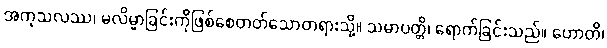
အကုသလဿ၊ မလိမ္မာခြင်းကိုဖြစ်စေတတ်သောတရားသို့။ သမာပတ္တိ၊ ရောက်ခြင်းသည်။ ဟောတိ၊